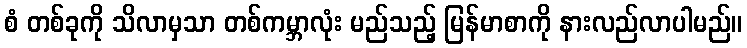
စံ တစ်ခုကို သိလာမှသာ တစ်ကမ္ဘာလုံး မည်သည့် မြန်မာစာကို နားလည်လာပါမည်။